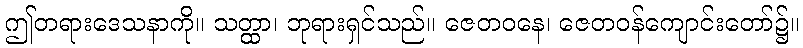
ဤတရားဒေသနာကို။ သတ္ထာ၊ ဘုရားရှင်သည်။ ဇေတဝနေ၊ ဇေတဝန်ကျောင်းတော်၌။